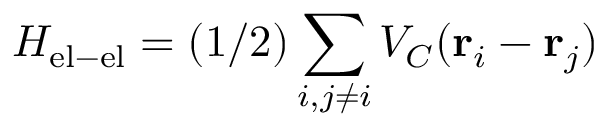
H _ { \mathrm { e l - e l } } = ( 1 / 2 ) \sum _ { i , j \neq i } V _ { C } ( { \bf r } _ { i } - { \bf r } _ { j } )